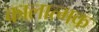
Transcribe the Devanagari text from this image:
कालात्मक